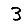
Digit: 3